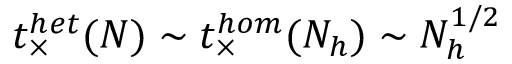
t _ { \times } ^ { h e t } ( N ) \sim t _ { \times } ^ { h o m } ( N _ { h } ) \sim N _ { h } ^ { 1 / 2 }